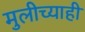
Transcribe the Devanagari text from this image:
मुलीच्याही